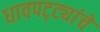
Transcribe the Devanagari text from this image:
धावपट्ट्यांचे